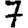
Digit: 7